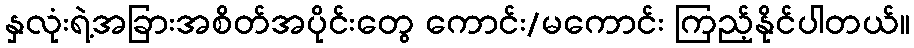
နှလုံးရဲ့အခြားအစိတ်အပိုင်းတွေ ကောင်း/မကောင်း ကြည့်နိုင်ပါတယ်။